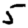
Digit: 5